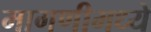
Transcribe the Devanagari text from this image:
मागणीमध्ये